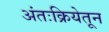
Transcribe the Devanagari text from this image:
अंतःक्रियेतून